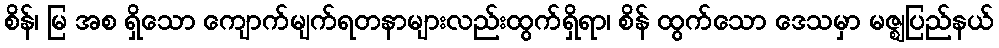
စိန်၊ မြ အစ ရှိသော ကျောက်မျက်ရတနာများလည်းထွက်ရှိရာ၊ စိန် ထွက်သော ဒေသမှာ မဇ္ဈပြည်နယ်